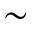
\sim